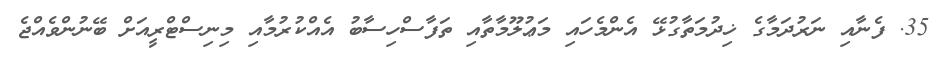
35. ފެނާއި ނަރުދަމާގެ ޚިދުމަތާގުޅޭ އެންމެހައި މަޢުލޫމާތާއި ތަފާސްހިސާބު އެއްކުރުމާއި މިނިސްޓްރީއަށް ބޭނުންވެއްޖެ